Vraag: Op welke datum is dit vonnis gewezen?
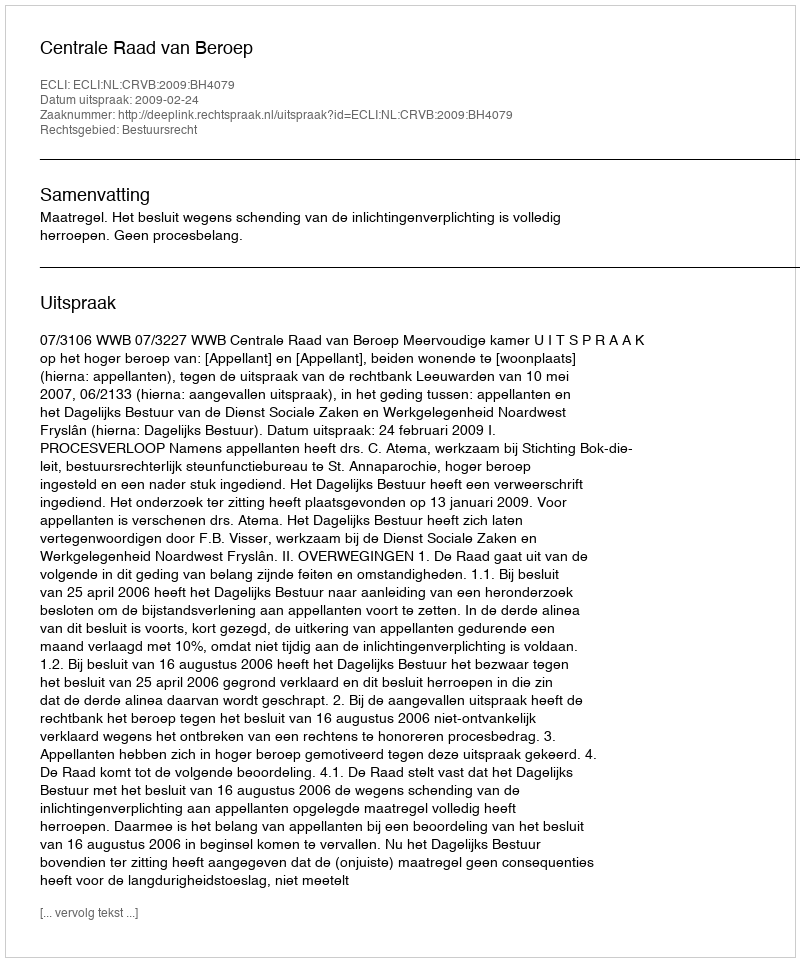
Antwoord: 2009-02-24